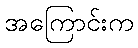
အကြောင်းက